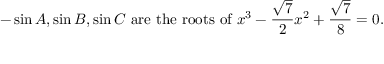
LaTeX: - \sin A , \sin B , \sin C { \mathrm { ~ a r e ~ t h e ~ r o o t s ~ o f ~ } } x ^ { 3 } - { \frac { \sqrt { 7 } } { 2 } } x ^ { 2 } + { \frac { \sqrt { 7 } } { 8 } } = 0 .